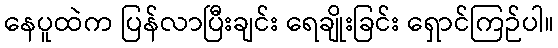
နေပူထဲက ပြန်လာပြီးချင်း ရေချိုးခြင်း ရှောင်ကြဉ်ပါ။